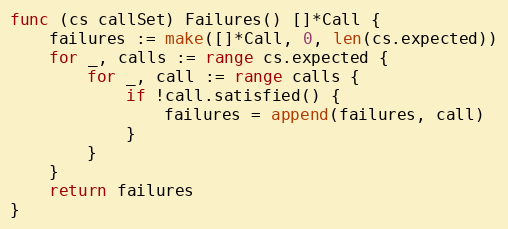
Language: Go
func (cs callSet) Failures() []*Call {
	failures := make([]*Call, 0, len(cs.expected))
	for _, calls := range cs.expected {
		for _, call := range calls {
			if !call.satisfied() {
				failures = append(failures, call)
			}
		}
	}
	return failures
}